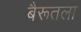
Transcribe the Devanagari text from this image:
बैरूतला